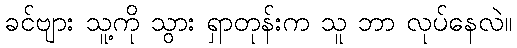
ခင်ဗျား သူ့ကို သွား ရှာတုန်းက သူ ဘာ လုပ်နေလဲ။